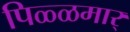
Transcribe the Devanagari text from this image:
पिळ्ळमार्